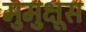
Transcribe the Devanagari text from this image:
मुमुक्षूस